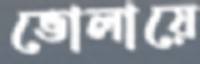
ভোলায়ে